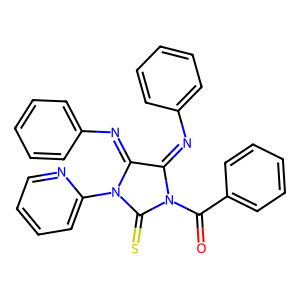
SMILES: O=C(c1ccccc1)N1C(=S)N(c2ccccn2)C(=Nc2ccccc2)C1=Nc1ccccc1
Inhibits HIV replication: No